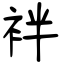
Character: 袢